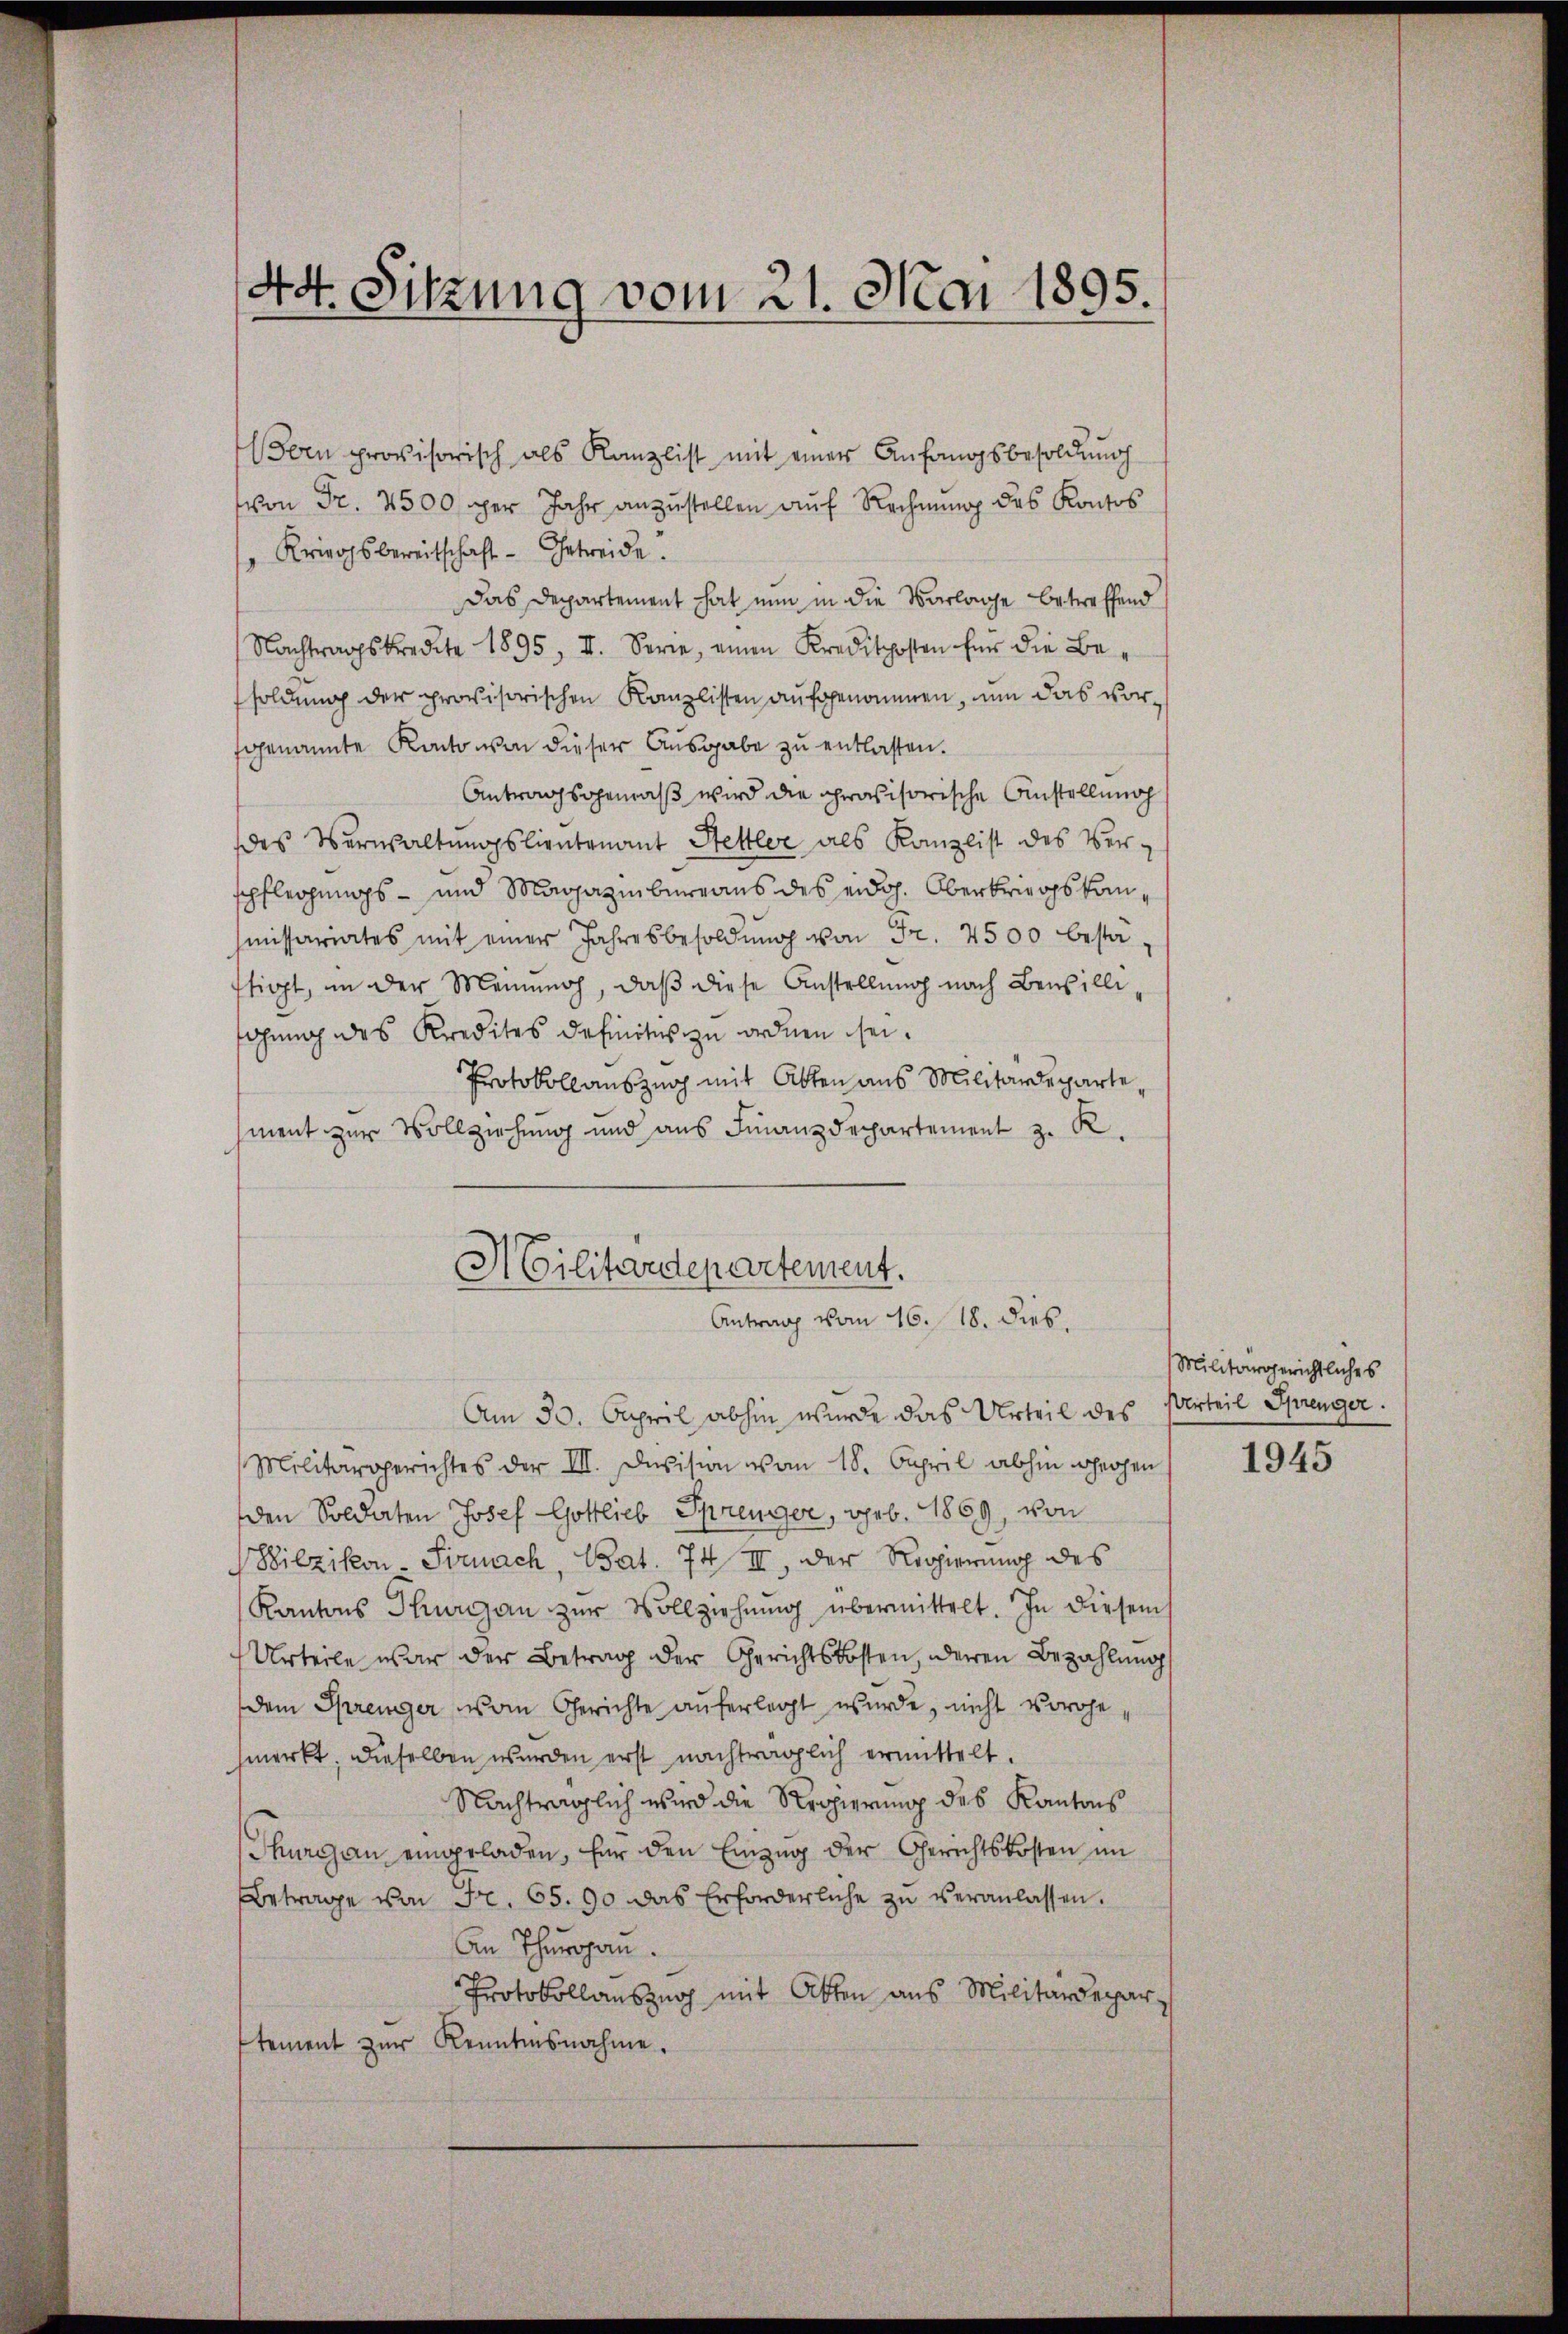
44. Sitzung vom 21. Mai 1895.

oen provisorisch als Kanzlist mit einer Anfangsbesoldŭng
von Fr. 2500 per Jahr anzustellen auf Rechnung des Kontos
Kriegsbereitschaft- Getreide.
Das Departement hat nun in die Vorlage betreffend
Nachtragskredite 1895, II. Serie, einen Kreditposten für die Be-
soldung der provisorischen Kanzlisten aufgenommen, um das vorgenannte Kantonen dieser Ausgabe zu entlassen.
Antragsgemäβ wird die provisorische Anstellung
des Verwaltungslieutenant Hettler als Kanzlist des Ver-
spflegungs- und Magazinbureaus des eidg. Oberkriegskammissariates mit einer Jahresbesoldŭng von Fr. 2500 bestäftigt, in der Meiner, daβ diese Anstellung nach Bewilliahung des Kredites definitiv zu ordnen sei.
Protokollauszug mit Akten aus Militärdepartement zur Vollziehung und aus Finanzdepartement z. R.
Militärdepartement.
Antrag vom 16. 18. dies.
Am 30. April abhin wurde das Urteil des
Militärgerichtes der III. Devision von 18. April abhin wegen
den Soldaten Josef Gottlieb Sprenger, geb. 1869, von
Hilzikon Sirnach, Bat. 74 II, der Regierung des
Kantons Thurgau zur Vollziehung übermittelt. In diesem
Urteile war der Betrag der Gerichtskosten, deren Bezahlung
dem Sprenger vom Gerichte auferlegt wurde, nicht vorohe
fmerkt, dieselben wurden erst nachträglich ermittelt.
Nachträglich wird die Regierung des Kantons
Thurgau eingeladen, für den Einzŭg der Gerichtskosten im
Betrage von Fr. 65. 90 das Erforderliche zŭ veranlassen.
An Thurgau.
Protokollauszug mit Akten aus Militärdepartement zur Kenntnisnahme.

Militärgerichtliches
Urteil Sprenger.

1945